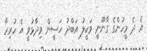
އެ ދެ މީހުންގެ ގާނޫނީ ވަކީލު އަބްދު ހަސީން ވިދާޅުވީ އެ ހުރިހާ